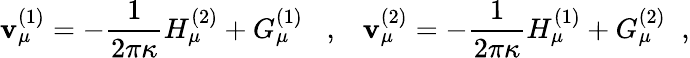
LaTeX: \mathbf{v}_{\mu}^{(1)}=-\frac{{1}}{{2\pi\kappa}}H_{\mu}^{(2)}+G_{\mu}^{(1)}\; \; \; ,\; \; \; \mathbf{v}_{\mu}^{(2)}=-\frac{{1}}{{2\pi\kappa}}H_{\mu}^{(1)}+G_{\mu}^{(2)}\; \; ,